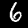
Label: 6